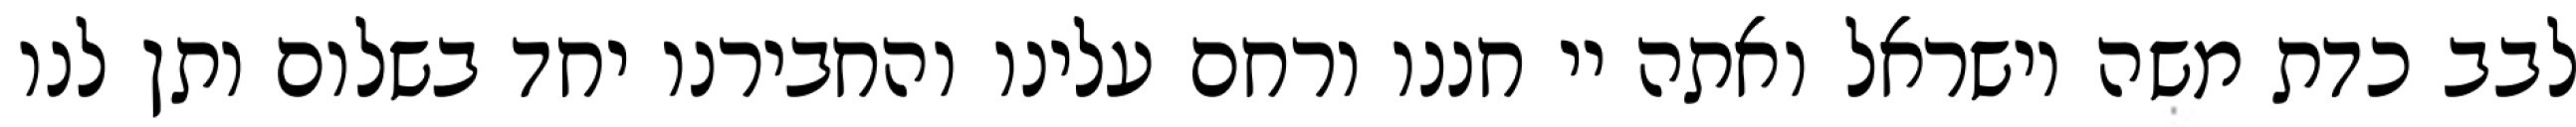
לבב כדת משה וישראל ואתה יי חננו ורחם עלינו והחבירנו יחד בשלום ותן לנו